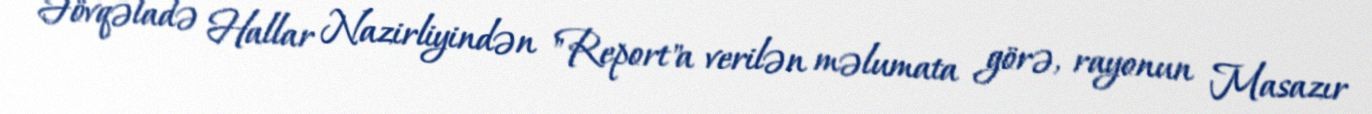
Fövqəladə Hallar Nazirliyindən "Report"a verilən məlumata görə, rayonun Masazır